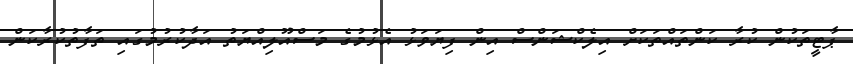
ޕާޓީތަކުން ކުރާ ކަންތައްތަކަށް އިލެކްޝަންސް އިން ފިޔަވަޅު އެޅުމުގެ މަސްއޫލިއްޔަތު އަދާކުރުމުގައި ތަފާތުކުރާކަން